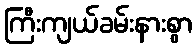
ကြီးကျယ်ခမ်းနားစွာ